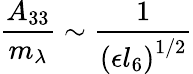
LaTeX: \frac{A_{33}}{m_{\lambda}}\sim\frac{1}{\left(\epsilon{l_{6}}\right)^{1/2}}